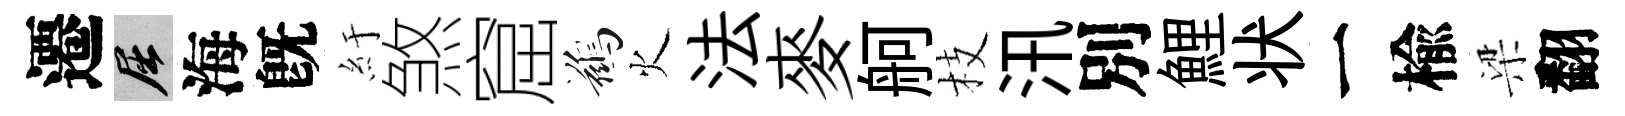
遷屈海旣紆煞窟鷀火法麥舸枝汛別鯉状一楡梁翻